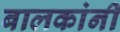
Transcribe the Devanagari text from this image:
बालकांनी